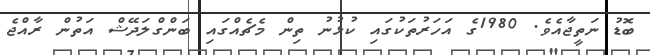
ބޮޑު ނަތީޖާއެވެ. 1980ގެ އަހަރުތަކުގައި ކުޅުނު ތިން މެޗެއްގައި ބަންގްލަދޭޝް އަތުން ރާއްޖެ